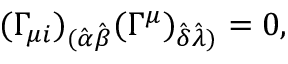
( \Gamma _ { \mu i } ) _ { ( \hat { \alpha } \hat { \beta } } ( \Gamma ^ { \mu } ) _ { \hat { \delta } \hat { \lambda } ) } = 0 ,